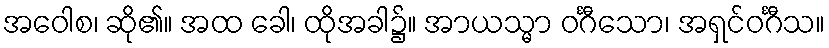
အဝေါစ၊ ဆို၏။ အထ ခေါ၊ ထိုအခါ၌။ အာယသ္မာ ဝင်္ဂီသော၊ အရှင်ဝင်္ဂီသ။